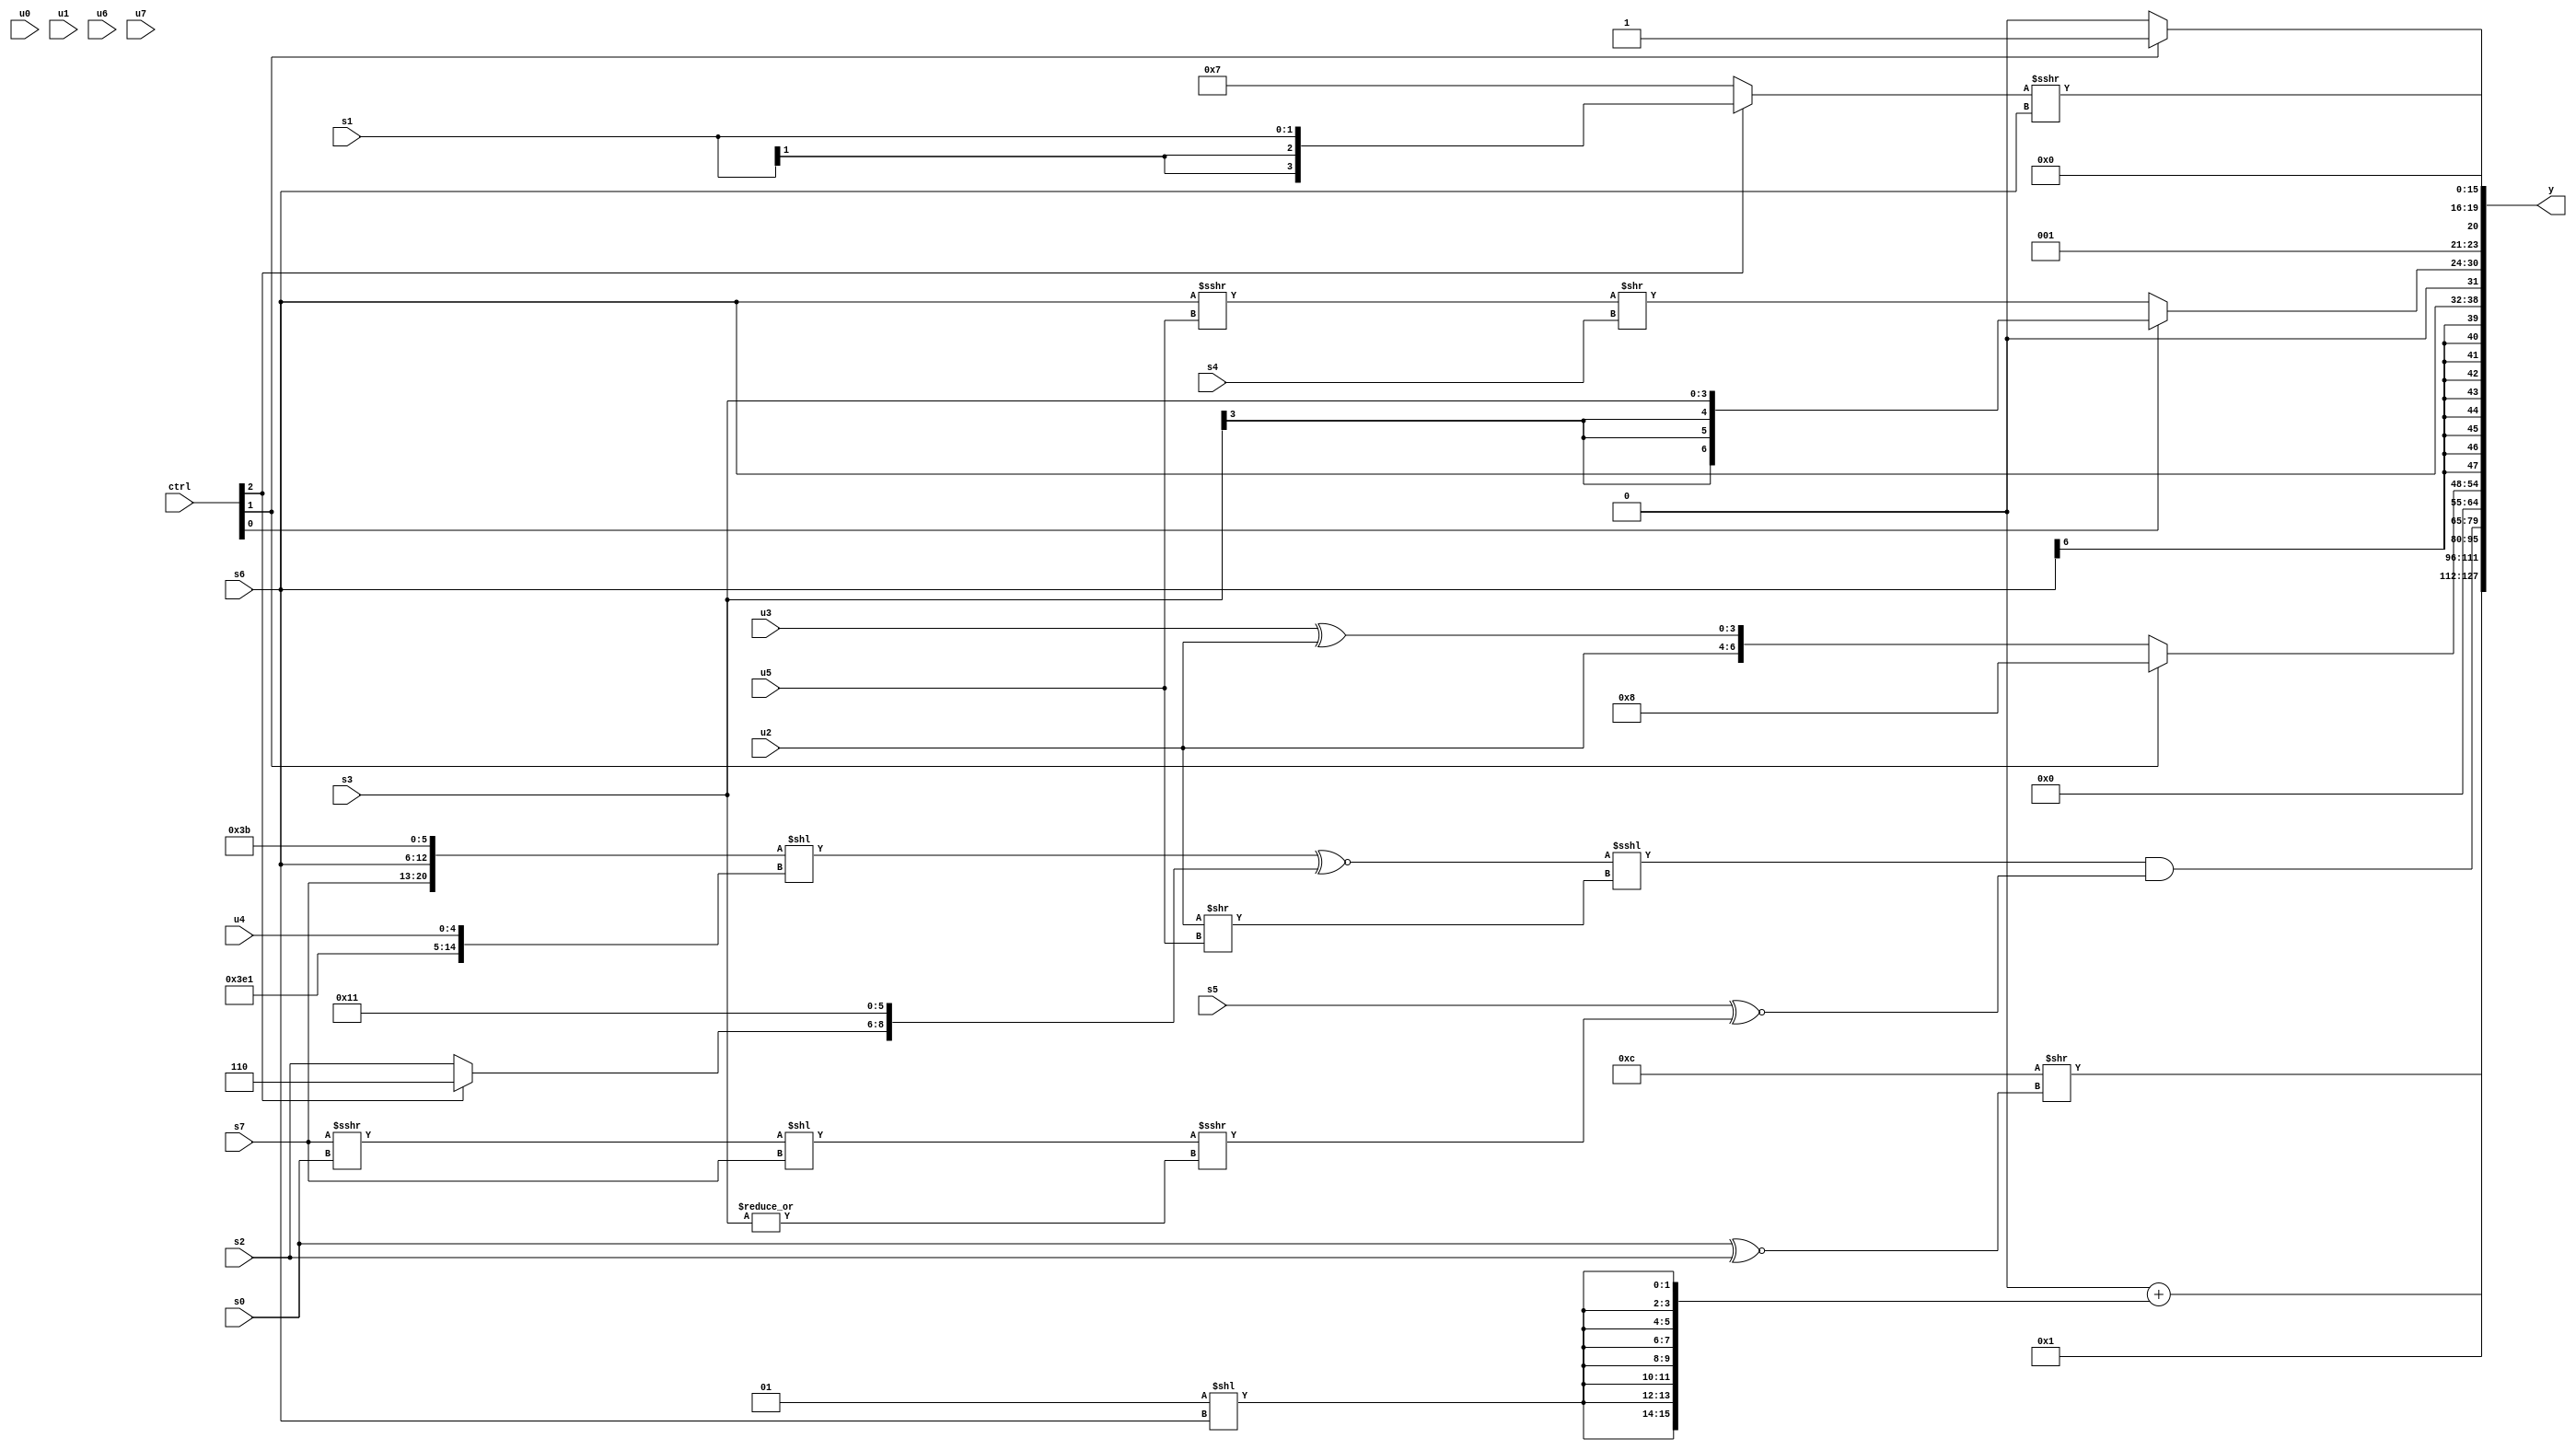
module wideexpr_00548(ctrl, u0, u1, u2, u3, u4, u5, u6, u7, s0, s1, s2, s3, s4, s5, s6, s7, y);
  input [7:0] ctrl;
  input [0:0] u0;
  input [1:0] u1;
  input [2:0] u2;
  input [3:0] u3;
  input [4:0] u4;
  input [5:0] u5;
  input [6:0] u6;
  input [7:0] u7;
  input signed [0:0] s0;
  input signed [1:0] s1;
  input signed [2:0] s2;
  input signed [3:0] s3;
  input signed [4:0] s4;
  input signed [5:0] s5;
  input signed [6:0] s6;
  input signed [7:0] s7;
  output [127:0] y;
  wire [15:0] y0;
  wire [15:0] y1;
  wire [15:0] y2;
  wire [15:0] y3;
  wire [15:0] y4;
  wire [15:0] y5;
  wire [15:0] y6;
  wire [15:0] y7;
  assign y = {y0,y1,y2,y3,y4,y5,y6,y7};
  assign y0 = ({6'sb001100})>>($signed((s0)^~(s2)));
  assign y1 = ({((+((2'sb11)&((s3)<<<(4'sb0100))))!=((ctrl[7]?s7:$signed(s7))))>>($unsigned(-({5'sb10001})))})+({4{$signed($signed({4{{(2'sb01)<<(s6)}}}))}});
  assign y2 = 3'sb001;
  assign y3 = ((((+(({s7,s6,6'b111011})<<({5'b11111,5'sb00001,u4})))^~(+({{3{1'sb0}},(ctrl[2]?3'sb110:s2),6'sb010001})))<<<((u2)>>(u5)))&((s5)^~(($signed(((s7)>>>(s0))<<(s7)))>>>($signed(|(s3))))))<<(1'sb1);
  assign y4 = (ctrl[1]?5'sb01000:(ctrl[1]?(u5)<<(s6):{$signed(u2),(u3)^(u2)}));
  assign y5 = s6;
  assign y6 = {(ctrl[0]?s3:(+($signed((s6)>>>(u5))))>>(s4)),$signed($signed((ctrl[1]?4'sb0011:3'sb010))),((ctrl[2]?s1:$signed(4'sb0111)))>>>(s6)};
  assign y7 = 2'sb00;
endmodule